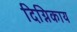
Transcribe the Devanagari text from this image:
दिग्निकाय